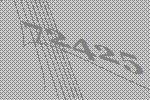
72425